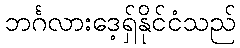
ဘင်္ဂလားဒေ့ရှ်နိုင်ငံသည်